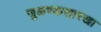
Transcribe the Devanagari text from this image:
जुळण्यासारखा